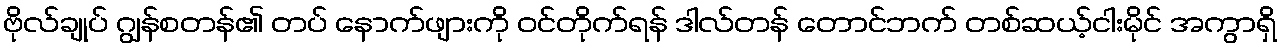
ဗိုလ်ချုပ် ဂျွန်စတန်၏ တပ် နောက်ဖျားကို ဝင်တိုက်ရန် ဒါလ်တန် တောင်ဘက် တစ်ဆယ့်ငါးမိုင် အကွာရှိ